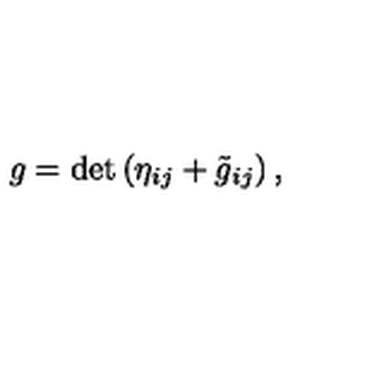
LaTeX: g = \mathrm { d e t } \left( \eta _ { i j } + { \tilde { g } } _ { i j } \right) ,